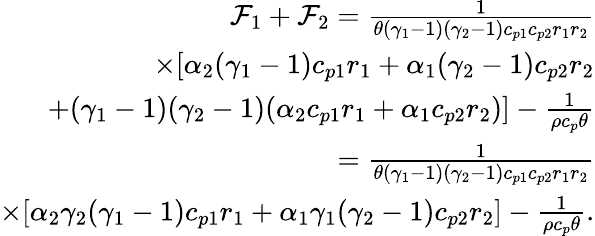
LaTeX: \begin{array}{r}{\mathcal{F}_{1}+\mathcal{F}_{2}=\frac{1}{\theta(\gamma_{1}-1)(\gamma_{2}-1)c_{p1}c_{p2}r_{1}r_{2}}}\\ {\times[\alpha_{2}(\gamma_{1}-1)c_{p1}r_{1}+\alpha_{1}(\gamma_{2}-1)c_{p2}r_{2}}\\ {+(\gamma_{1}-1)(\gamma_{2}-1)(\alpha_{2}c_{p1}r_{1}+\alpha_{1}c_{p2}r_{2})]-\frac{1}{\rho c_{p}\theta}}\\ {=\frac{1}{\theta(\gamma_{1}-1)(\gamma_{2}-1)c_{p1}c_{p2}r_{1}r_{2}}}\\ {\times[\alpha_{2}\gamma_{2}(\gamma_{1}-1)c_{p1}r_{1}+\alpha_{1}\gamma_{1}(\gamma_{2}-1)c_{p2}r_{2}]-\frac{1}{\rho c_{p}\theta}.}\end{array}